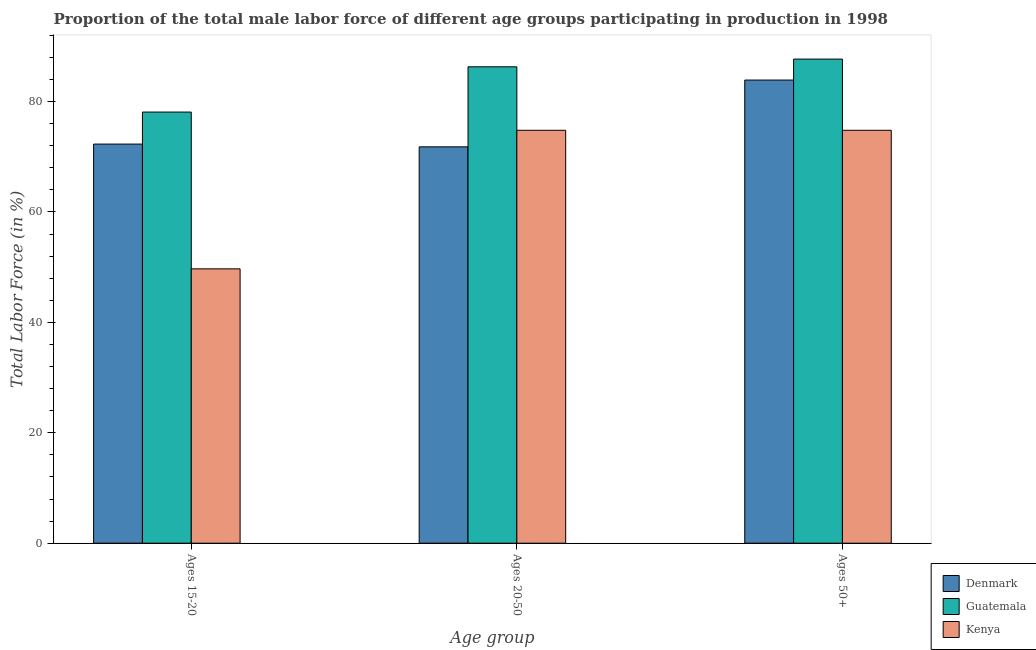
| Age group | Denmark | Guatemala | Kenya |
 | --- | --- | --- | --- |
 | Ages 15-20 | 72.3 | 78.1 | 49.7 |
 | Ages 20-50 | 71.8 | 86.3 | 74.8 |
 | Ages 50+ | 83.9 | 87.7 | 74.8 |